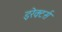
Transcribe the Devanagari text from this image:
इरेक्टर्स